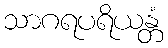
သာဂရပရိယန္တံ